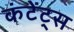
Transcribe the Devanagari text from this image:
कंटेंट्स